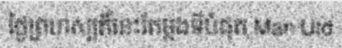
ថ្ងៃព្រហស្បតិ៍នេះតែម្តងទីបំផុត Man Utd